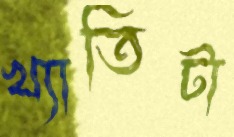
খ্যাতিটা